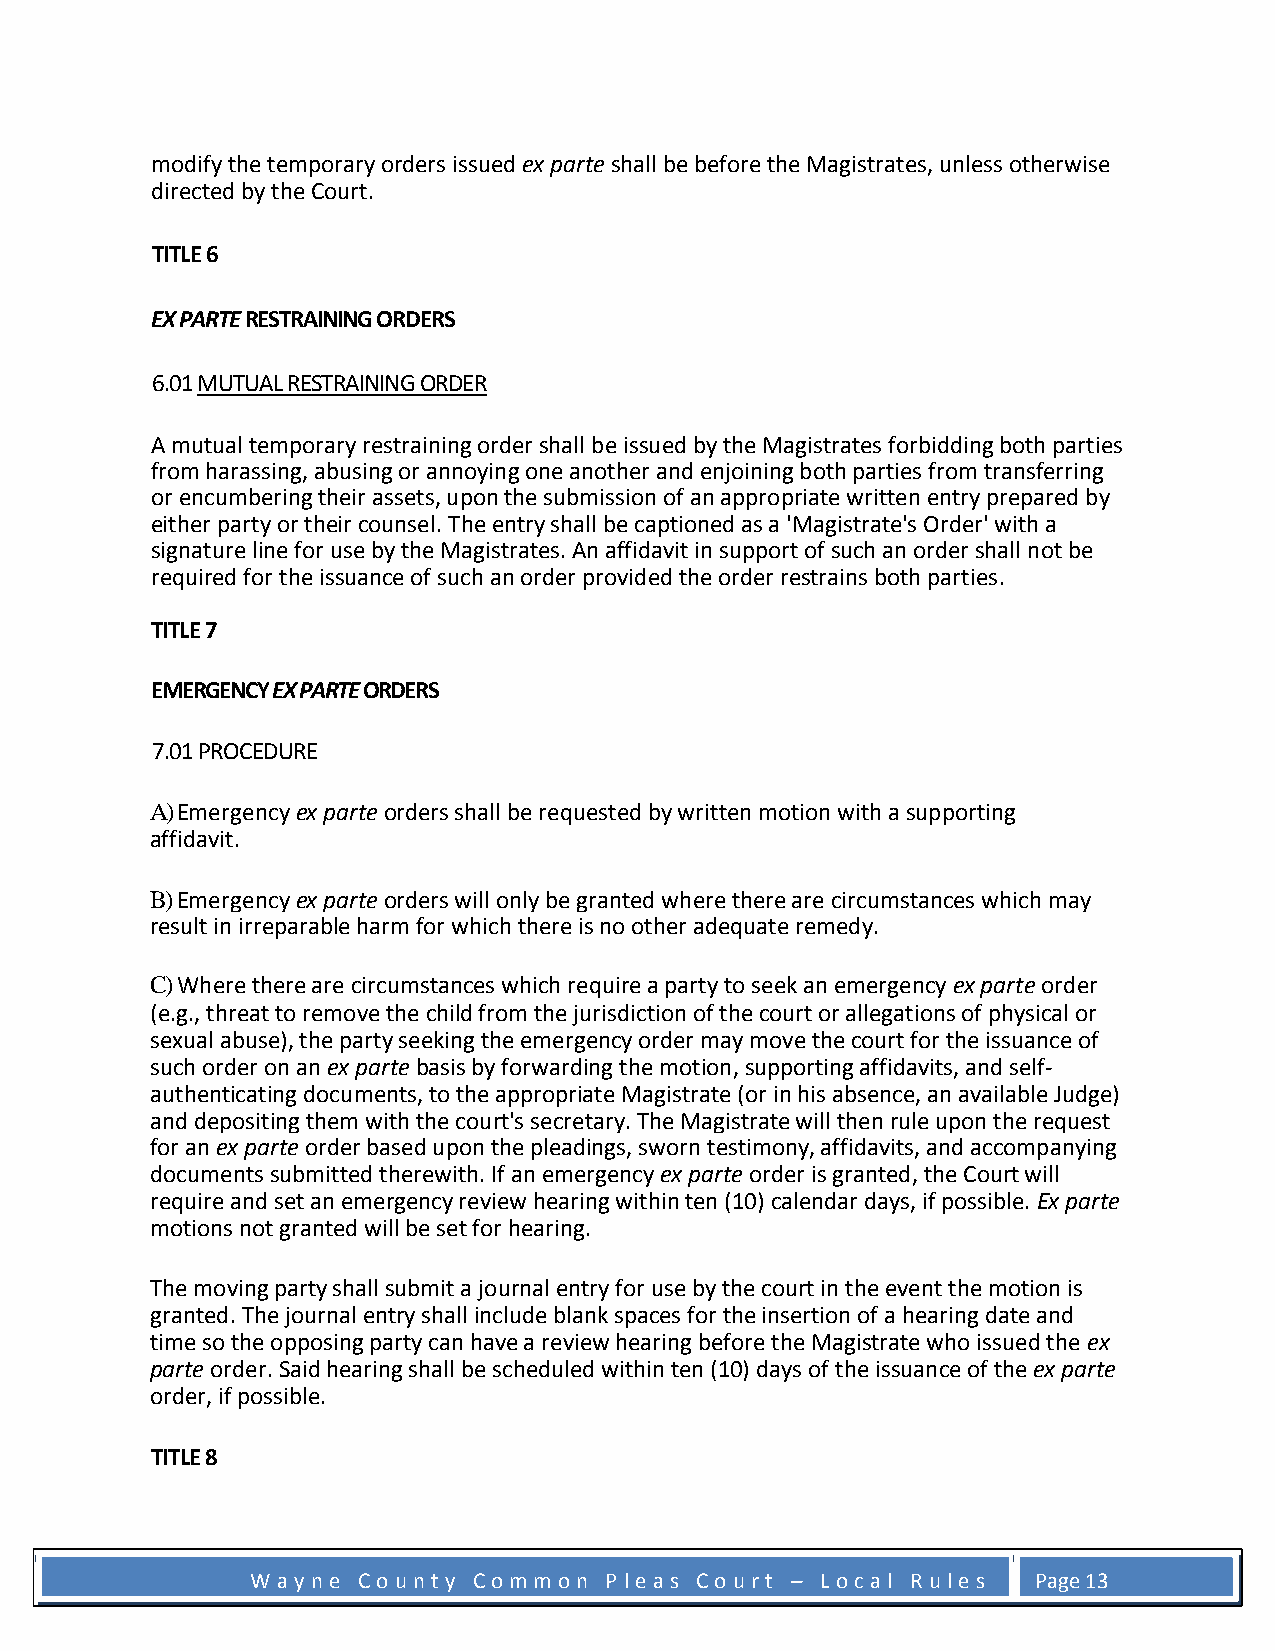
modify the temporary orders issued ex parte shall be before the Magistrates, unless otherwise
 directed by the Court.
 TITLE 6
 EX PARTE RESTRAINING ORDERS
 6.01 MUTUAL RESTRAINING ORDER
 A mutual temporary restraining order shall be issued by the Magistrates forbidding both parties
 from harassing, abusing or annoying one another and enjoining both parties from transferring
 or encumbering their assets, upon the submission of an appropriate written entry prepared by
 either party or their counsel. The entry shall be captioned as a 'Magistrate's Order' with a
 signature line for use by the Magistrates. An affidavit in support of such an order shall not be
 required for the issuance of such an order provided the order restrains both parties.
 TITLE 7
 EMERGENCY EX PARTE ORDERS
 7.01 PROCEDURE
 A) Emergency ex parte orders shall be requested by written motion with a supporting
 affidavit.
 B) Emergency ex parte orders will only be granted where there are circumstances which may
 result in irreparable harm for which there is no other adequate remedy.
 C) Where there are circumstances which require a party to seek an emergency ex parte order
 (e.g., threat to remove the child from the jurisdiction of the court or allegations of physical or
 sexual abuse), the party seeking the emergency order may move the court for the issuance of
 such order on an ex parte basis by forwarding the motion, supporting affidavits, and self-
 authenticating documents, to the appropriate Magistrate (or in his absence, an available Judge)
 and depositing them with the court's secretary. The Magistrate will then rule upon the request
 for an ex parte order based upon the pleadings, sworn testimony, affidavits, and accompanying
 documents submitted therewith. If an emergency ex parte order is granted, the Court will
 require and set an emergency review hearing within ten (10) calendar days, if possible. Ex parte
 motions not granted will be set for hearing.
 The moving party shall submit a journal entry for use by the court in the event the motion is
 granted. The journal entry shall include blank spaces for the insertion of a hearing date and
 time so the opposing party can have a review hearing before the Magistrate who issued the ex
 parte order. Said hearing shall be scheduled within ten (10) days of the issuance of the ex parte
 order, if possible.
 TITLE 8
 W a y n e C o u n t y C o m m o n P l e a s C o u r t – L o c a l R u l e s Page 13